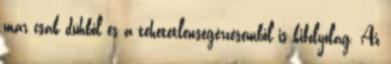
már csak dühből és a tehetetlenségérzésemből is kifolyólag. Az